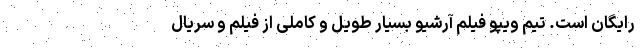
رایگان است. تیم ویپو فیلم آرشیو بسیار طویل و کاملی از فیلم و سریال